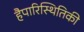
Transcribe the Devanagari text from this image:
हैपारिस्थितिकी